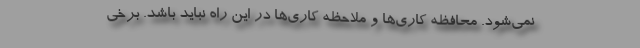
نمی‌شود. محافظه کاری‌ها و ملاحظه کاری‌ها در این راه نباید باشد. برخی